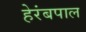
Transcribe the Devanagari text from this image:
हेरंबपाल